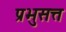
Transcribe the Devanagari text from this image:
प्रभुसत्त